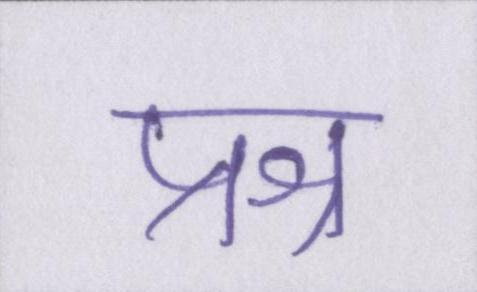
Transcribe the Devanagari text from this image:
प्रश्न